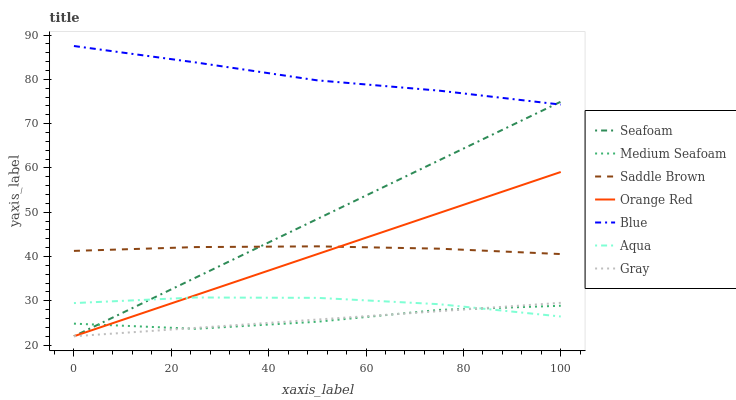
| xaxis_label | Seafoam | Medium Seafoam | Saddle Brown | Orange Red | Blue | Aqua | Gray |
 | --- | --- | --- | --- | --- | --- | --- | --- |
 | 0 | 22 | 24.8 | 41.3 | 22 | 87.5 | 29.5 | 22 |
 | 25 | 35.2 | 23.7 | 42.1 | 31.3 | 83.8 | 30.8 | 23.9 |
 | 50 | 48.5 | 25.3 | 42.3 | 40.5 | 79.8 | 30.7 | 25.8 |
 | 75 | 61.7 | 27.9 | 41.8 | 49.8 | 77.4 | 29.2 | 27.7 |
 | 100 | 74.9 | 28.9 | 40.6 | 59.1 | 74.3 | 26.5 | 29.5 |